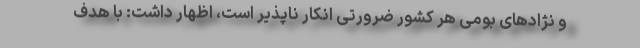
و نژادهای بومی هر کشور ضرورتی انکار ناپذیر است، اظهار داشت: با هدف